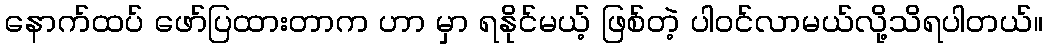
နောက်ထပ် ဖော်ပြထားတာက ဟာ မှာ ရနိုင်မယ့် ဖြစ်တဲ့ ပါ၀င်လာမယ်လို့သိရပါတယ်။